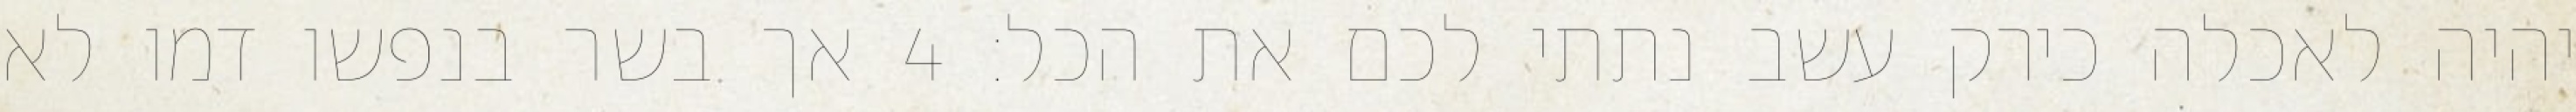
יהיה לאכלה כירק עשב נתתי לכם את הכל׃ ‎4‏ אך בשר בנפשו דמו לא